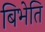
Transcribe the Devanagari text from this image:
बिभेति